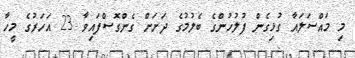
މި މައްސަލައާ ގުޅިގެން ފުލުހުންގެ ބެލުމުގެ ދަށަށް ގެންގޮސްފައިވާ 23 އަހަރުގެ މީހާ